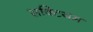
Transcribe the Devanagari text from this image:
सक्टियम